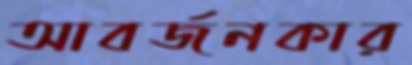
আবর্জনকার